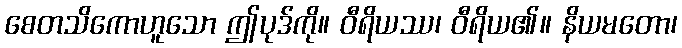
စေတသိကောဟူသော ဤပုဒ်ကို။ ဝီရိယဿ၊ ဝီရိယ၏။ နိယမတော၊